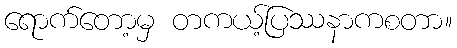
ရောက်တော့မှ တကယ့်ပြဿနာကစတာ။